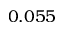
0 . 0 5 5